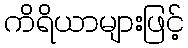
ကိရိယာများဖြင့်